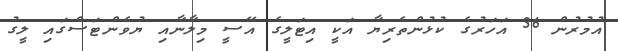
އުމުރުން 36 އަހަރުގެ ކުޅުންތެރިޔާ އަކީ އިޓަލީގެ އޭސީ މިލާނާއި ޔުވެންޓަސްގައި ލީގު